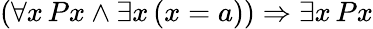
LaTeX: (\forall x\, Px\land\exists x\, (x=a))\Rightarrow\exists x\, Px